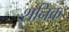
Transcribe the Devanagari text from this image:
शनिक